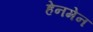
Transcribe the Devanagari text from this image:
हेनमेन